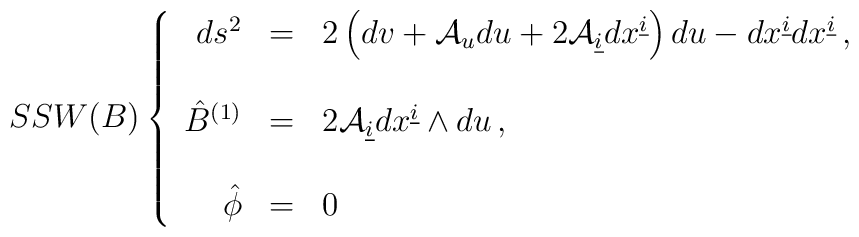
SSW(B)\left\{\begin{array}{rcl}ds^{2}&=&2\left(dv +{\cal A}_{u}du +2{\cal A}_{\underline{i}}dx^{\underline{i}}\right)du -dx^{\underline{i}}dx^{\underline{i}}\, ,\\& & \\\hat{B}^{(1)}&=&2 {\cal A}_{\underline{i}}dx^{\underline{i}}\wedge du\, ,\\& & \\\hat{\phi}&=&0\,\end{array}\right.